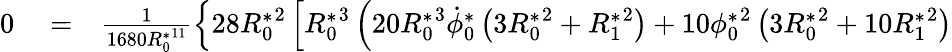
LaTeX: \begin{array}{rlr}{0}&{{}=}&{\frac{1}{1680{R_{0}^{*}}^{11}}\left\{ 28{R_{0}^{*}}^{2}\left[{R_{0}^{*}}^{3}\left(20{R_{0}^{*}}^{3}\dot{\phi}_{0}^{*}\left(3{R_{0}^{*}}^{2}+{R_{1}^{*}}^{2}\right)+10{\phi_{0}^{*}}^{2}\left(3{R_{0}^{*}}^{2}+10{R_{1}^{*}}^{2}\right)\right.\right.\right.}\end{array}